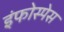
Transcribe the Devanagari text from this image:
इंफोस्पेस